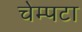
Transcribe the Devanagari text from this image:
चेम्पटा